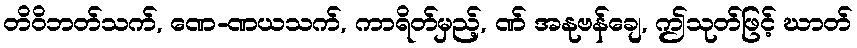
တိဝိဘတ်သက်, ဏေ-ဏယသက်, ကာရိတ်မှည့်, ဏ် အနုဗန်ချေ, ဤသုတ်ဖြင့် ဃာတ်